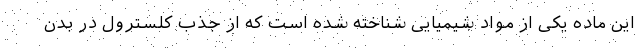
این ماده یکی از مواد شیمیایی شناخته شده است که از جذب کلسترول در بدن